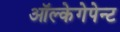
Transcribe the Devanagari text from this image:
ऑल्केगेपेन्ट